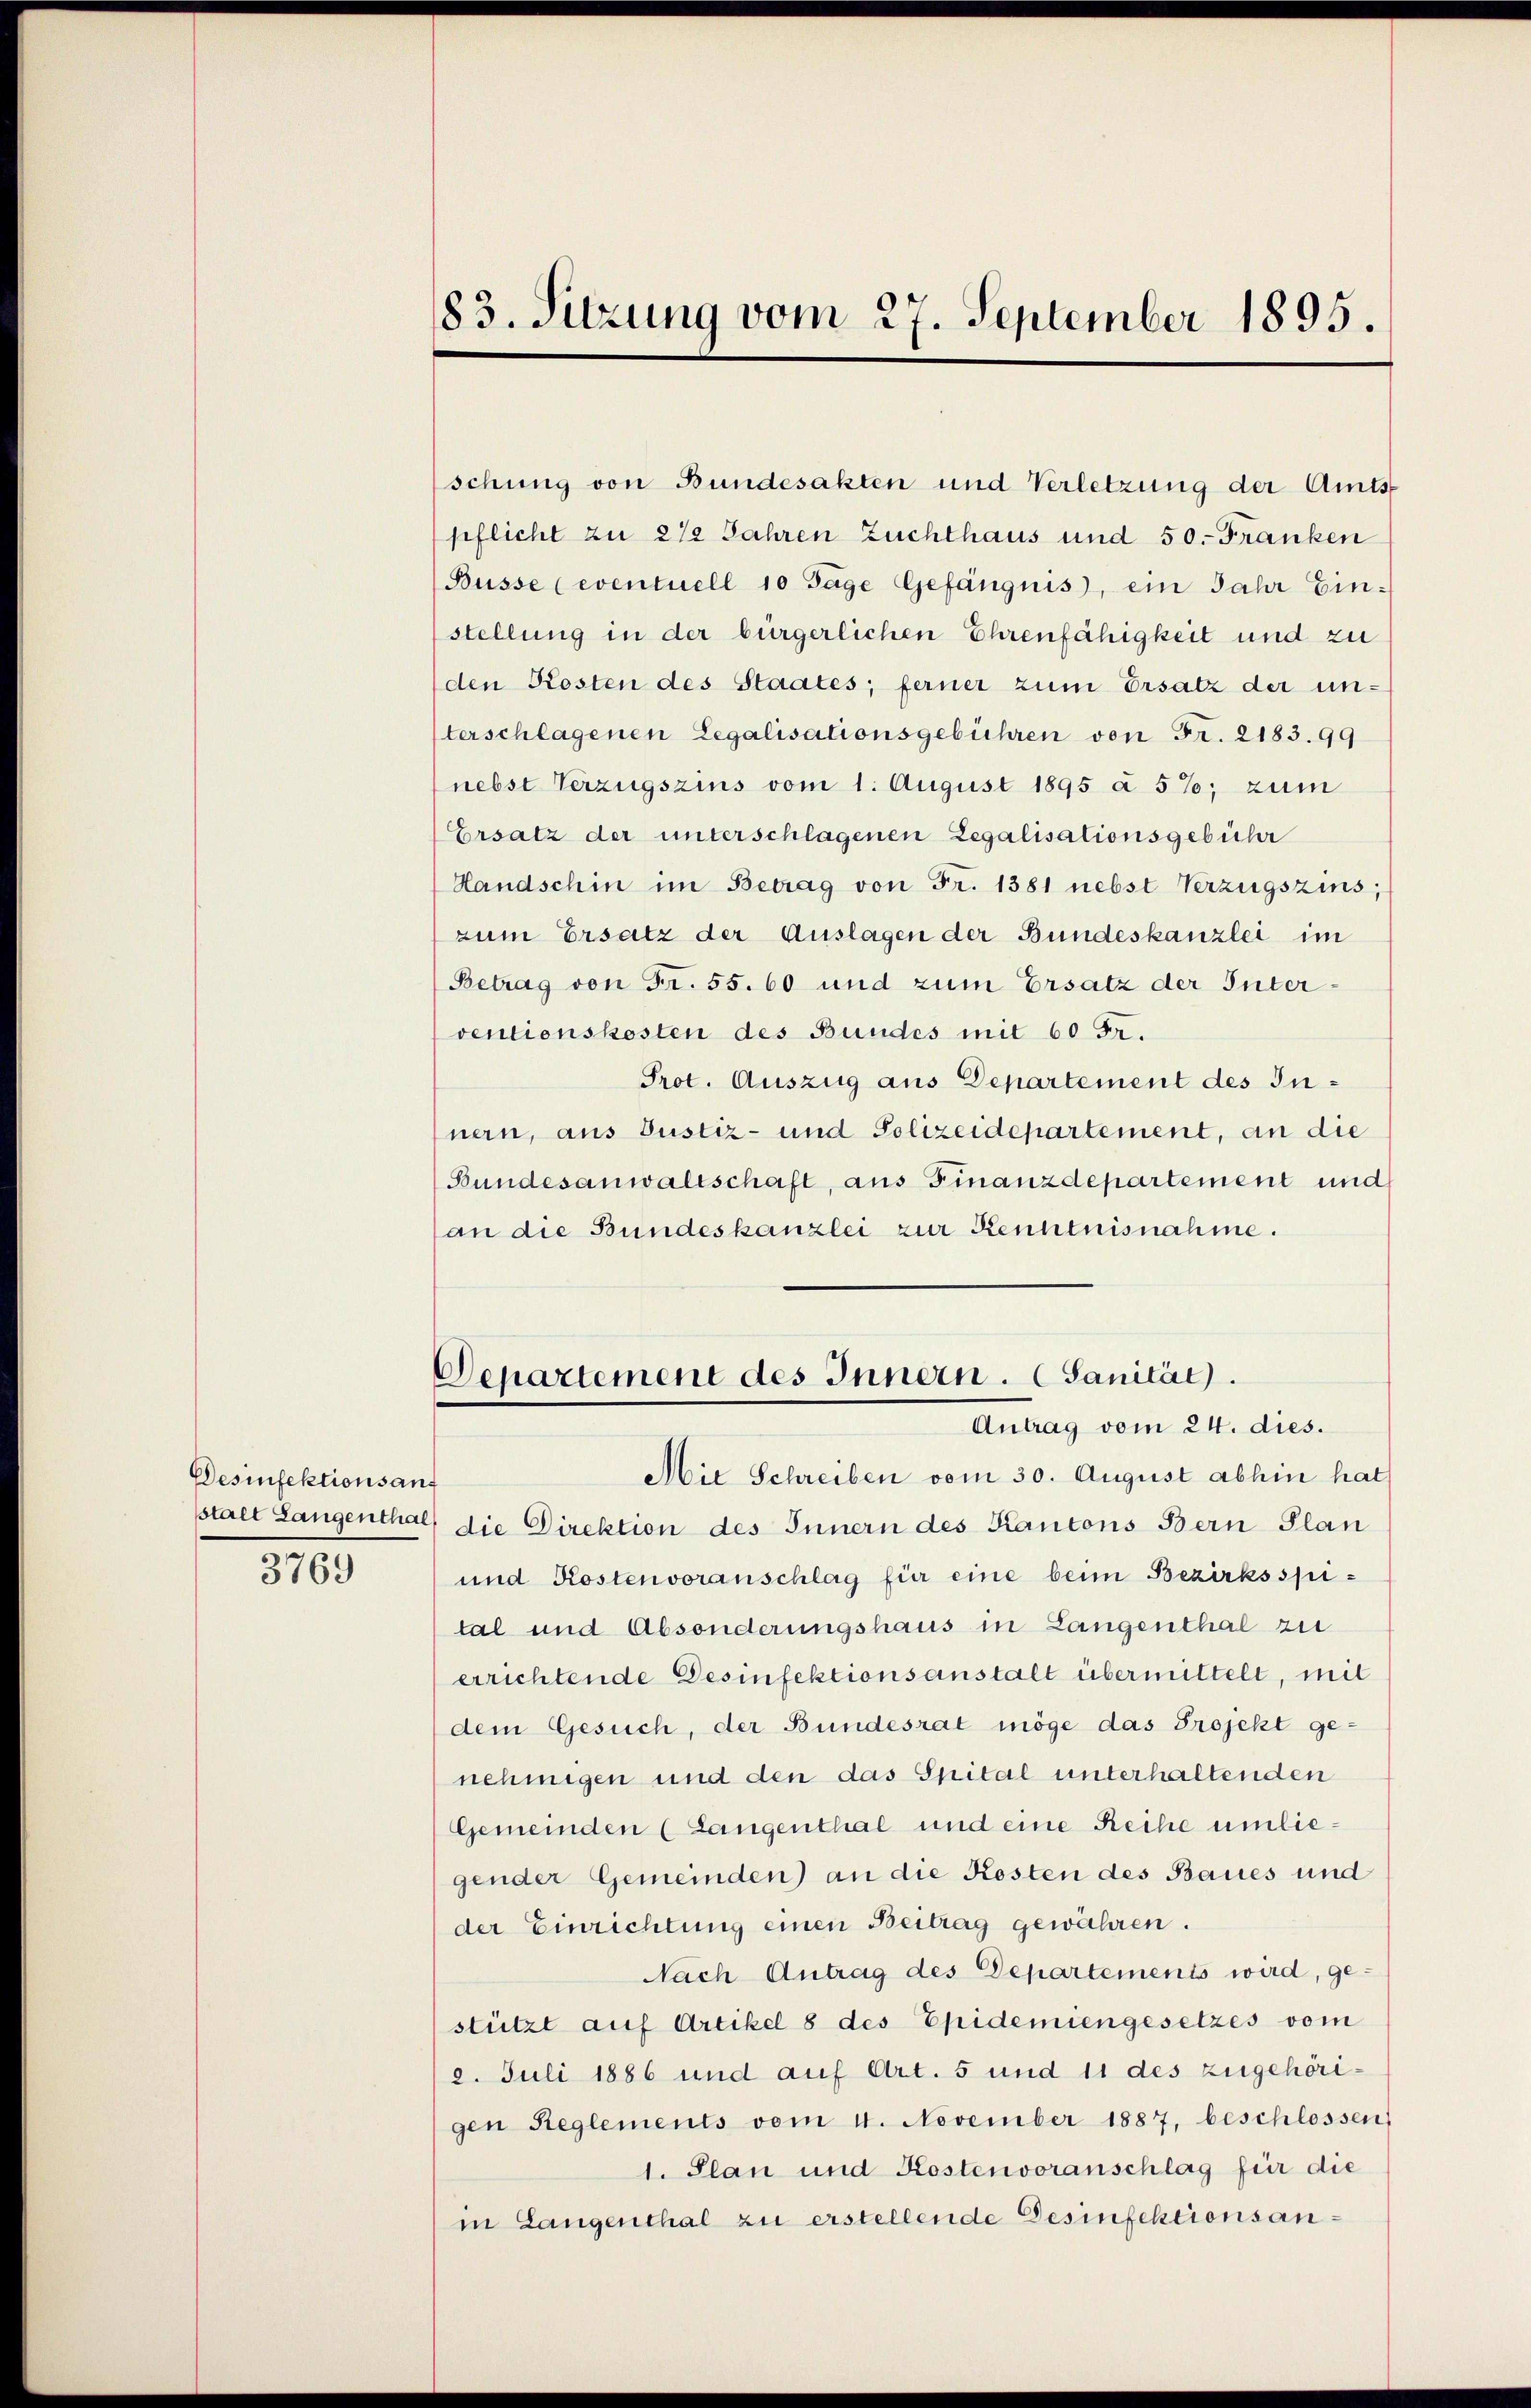
Desinfektions auf
3769

schung von Bundesakten und Verletzung der Amtspflicht zu 2 1/2 Jahren Zuchthaus und 50. Franken
Büsse (eventuell 10 Tage Gefängnis, ein Jahr Einstellung in der bürgerlichen Ehrenfähigkeit und zu
den Kosten des Staates; ferner zum Ersatz der unterschlagenen Legalisationsgebühren von Fr. 2183. 99
(nebst Verzugszins vom 1. August 1895 à 5%; zum
Ersatz der unterschlagenen Legalisationsgebühr
Handschin im Betrag von Fr. 1381 nebst Verzugszins;
zum Ersatz der Auslagen der Bundeskanzlei im
Betrag von Fr. 55. 60 und zum Ersatz der Interventionskosten des Bundes mit 60 Fr.
Prot. Auszug aus Departement des Innern, aus Justiz- und Polizeidepartement, an die
(Bundesanwaltschaft, aus Finanzdepartement und
(an die Bundeskanzlei zur Kenntnisnahme.

83. Sitzung vom 27. September 1895.

Departement des Innern. Sanität.
Antrag vom 24. dies.
Mie Schreiben vom 30. August abhin hat

sstalt Langenthal, die Direktion des Innern des Kantons Bern Plan
und Kostenvoranschlag für eine beim Bezirksspital und Absonderungshaus in Langenthal zu
errichtende Desinfektionsanstalt übermittelt, mit
dem Gesuch, der Bundesrat möge das Projekt ge-
nehmigen und den das Spital unterhaltenden
Gemeinden (Langenthal und eine Reihe umliegender Gemeinden) an die Kosten des Baues und
der Einrichtung einen Beitrag gewähren.
Nach Antrag des Departements wird, ge-
stützt auf Artikel 8 des Epidemiengesetzes vom
2. Juli 1886 und auf Art. 5 und 11 des zugehörigen Reglements vom 4. November 1887, beschlossen,
1. Plan und Kostenvoranschlag für die
in Langenthal zu erstellende Desinfektionsan¬